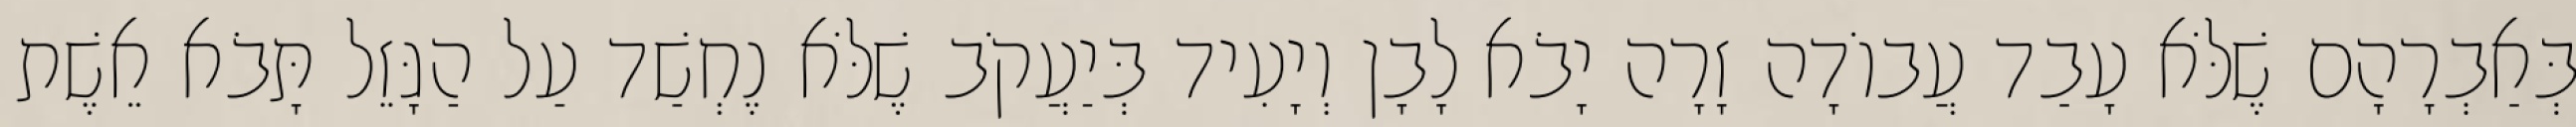
בְּאַבְרָהָם שֶׁלֹּא עָבַד עֲבוֹדָה זָרָה יָבֹא לָבָן וְיָעִיד בְּיַעֲקֹב שֶׁלֹּא נֶחְשַׁד עַל הַגָּזֵל תָּבֹא אֵשֶׁת